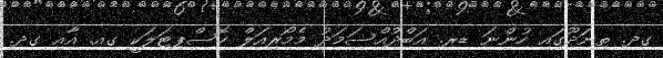
ގދ. ތިނަދޫގައި ހުންނަ ޑރ. އަބްދުއްސަމަދު މެމޯރިއަލް ހޮސްޕިޓަލަކީ ގއ. އާއި ގދ.